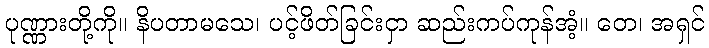
ပုဏ္ဏားတို့ကို။ နိပတာမသေ၊ ပင့်ဖိတ်ခြင်းငှာ ဆည်းကပ်ကုန်အံ့။ တေ၊ အရှင်